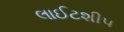
લાઈટશીપ